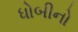
ધોબીનો